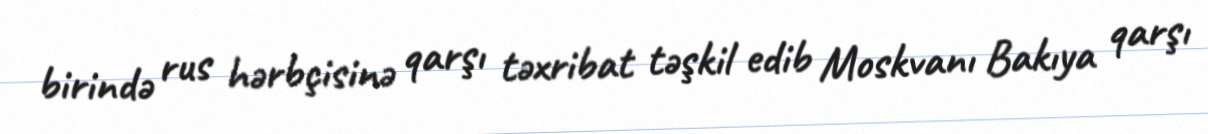
birində rus hərbçisinə qarşı təxribat təşkil edib Moskvanı Bakıya qarşı